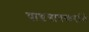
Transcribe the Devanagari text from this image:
पाडगावकरांचे